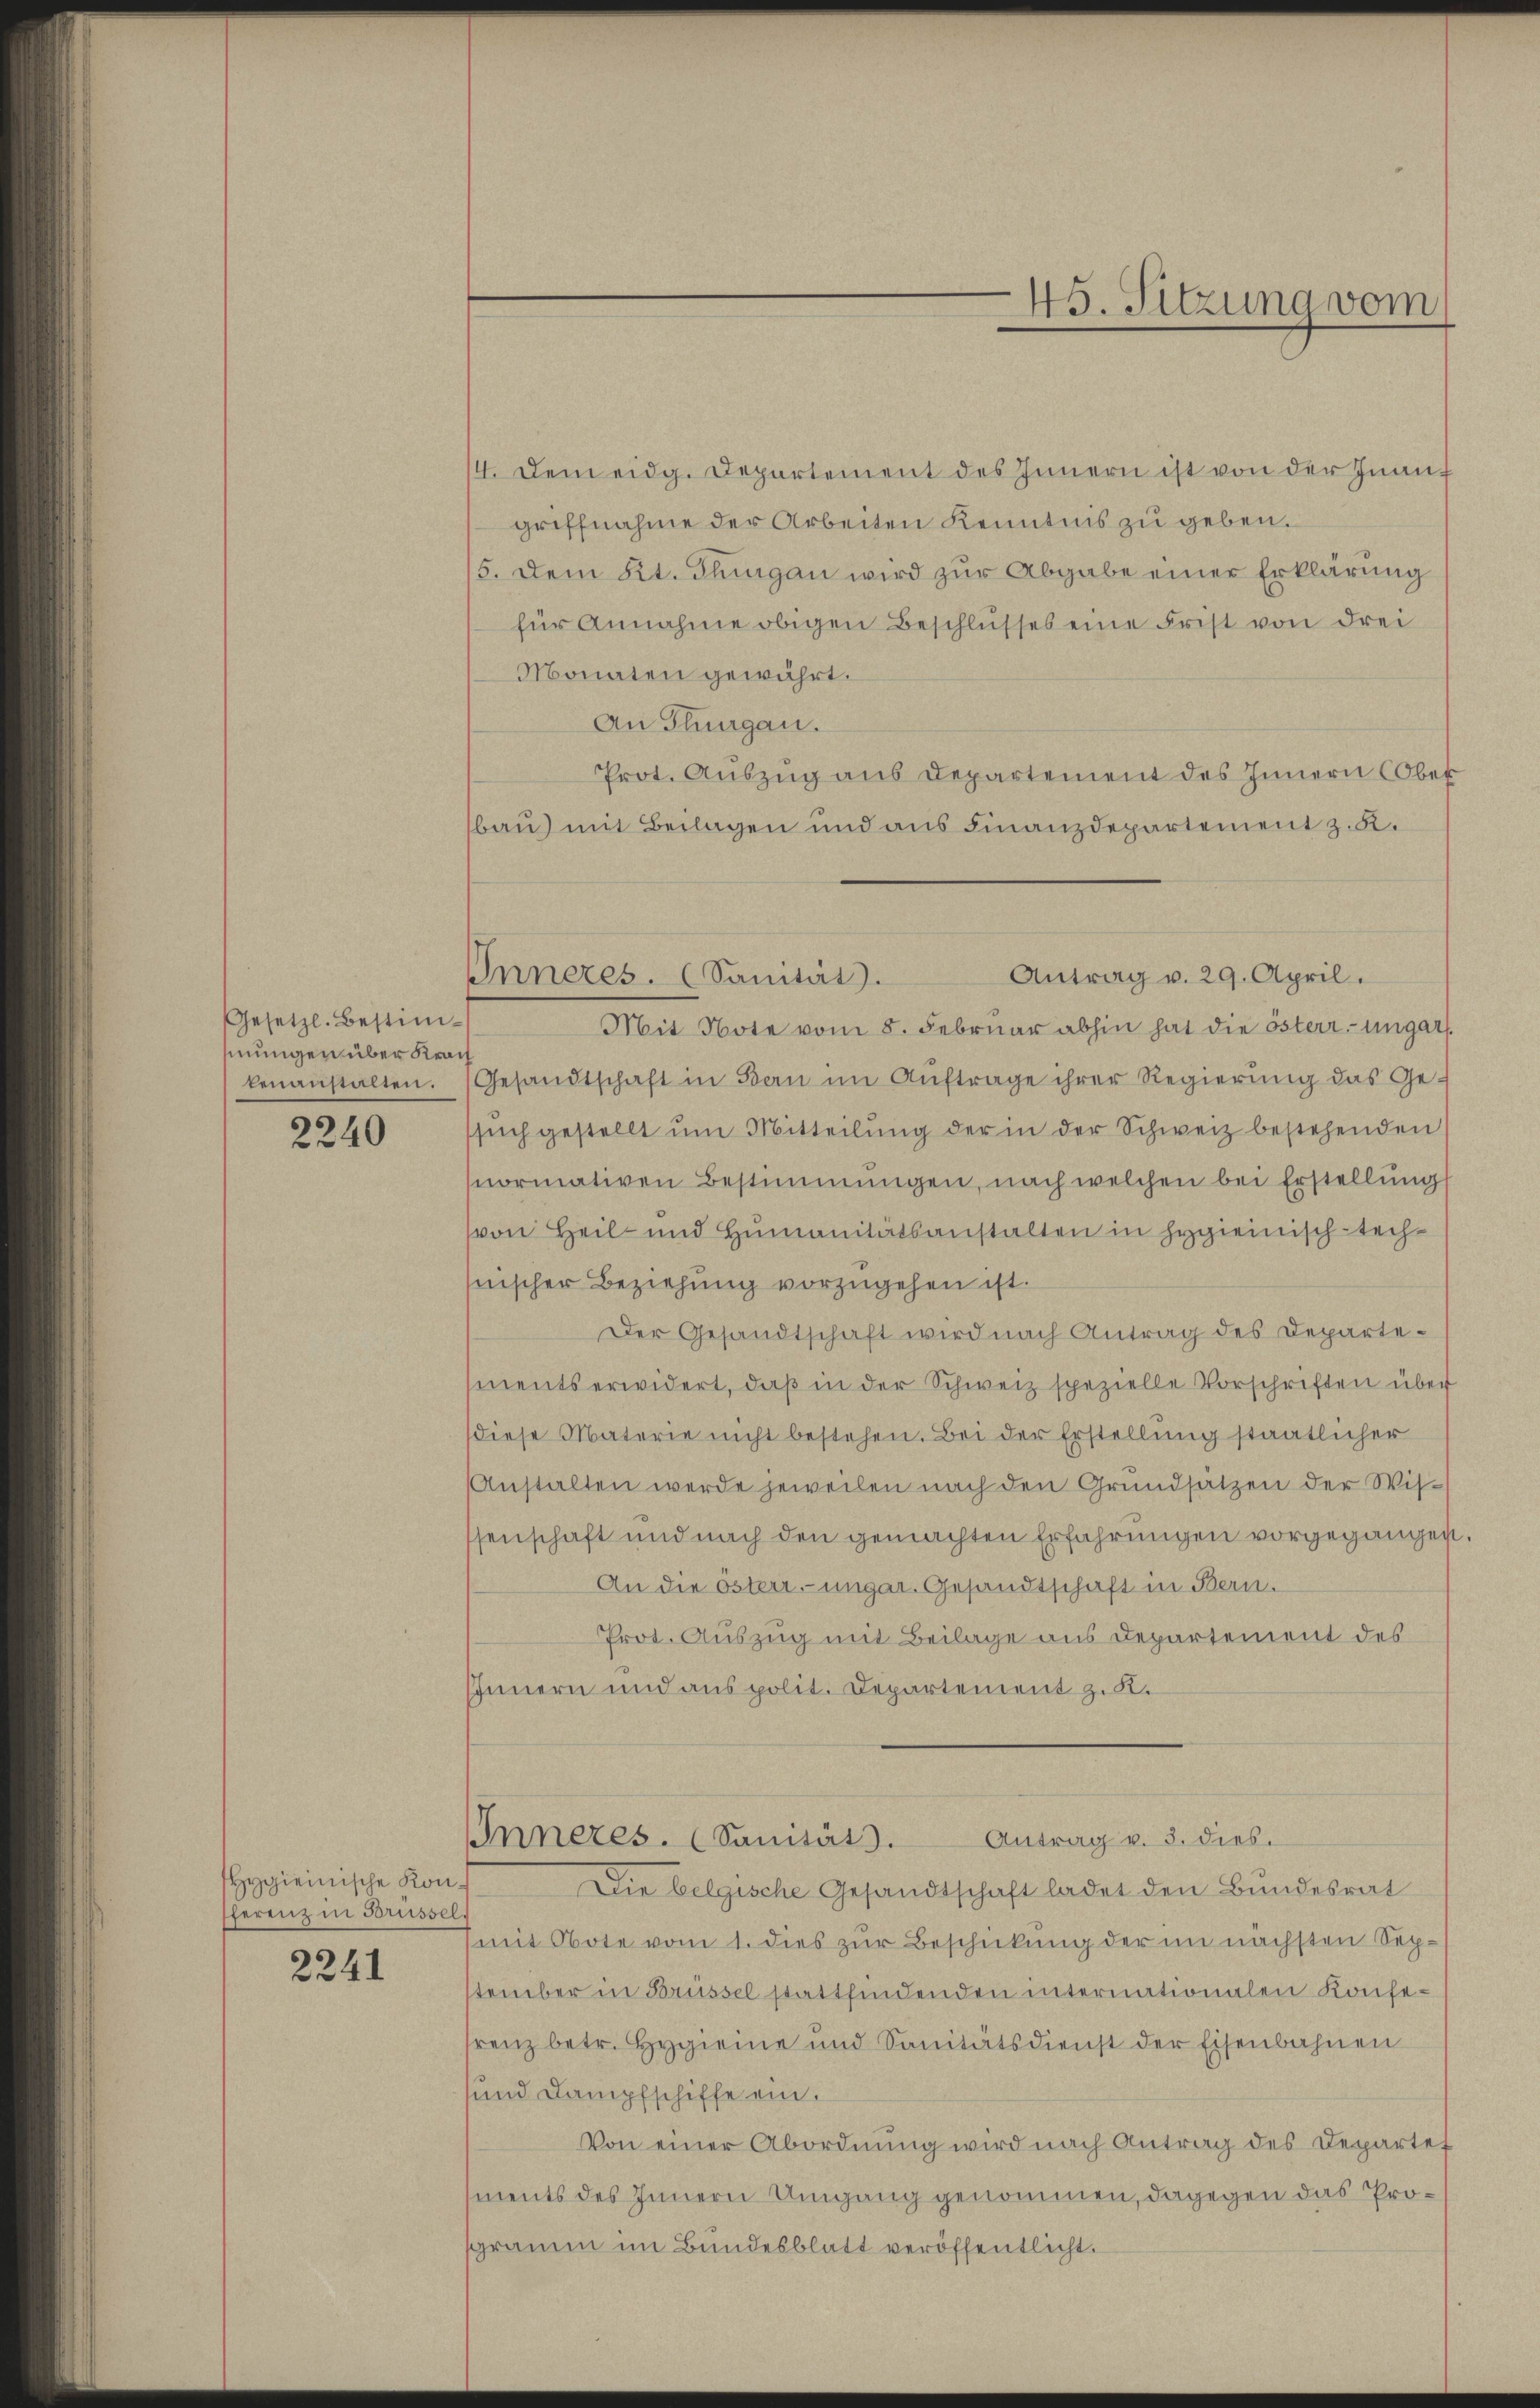
Gesetzl. Bestimmungen über Kran
kenanstalten.

2240

Hygienische Konfferenz in Brüssel
2241

4. Dem eidg. Departement des Innern ist von der Inanf
griffnahme der Arbeiten Kenntnis zu geben.
5. Dem Kt. Thurgau wird zur Abgabe einer Erklärung
für Annahme obigen Beschlŭsses eine Frist von drei
Monaten gewährt.
An Thurgau.
Prot. Auszug aus Departement des Innern Ober
bau) mit Beilagen und aus Finanzdepartement z. B.
Antrag v. 29. April.
Mit Note vom 8. Februar abhin hat die österr-ungar.
Gesandtschaft in Bern im Aŭftrage ihrer Regierŭng das Ge-
sŭch gestellt ŭm Mitteilŭng der in der Schweiz bestehenden
normativen Bestimmungen, nach welchen bei Erstellŭng
von Heil- und Humanitätsanstalten in Hygienisch-technischer Beziehŭng vorzŭgehen ist.
Der Gesandtschaft wird nach Antrag des Departements erwidert, daß in der Schweiz spezielle Vorschriften über
diese Materie nicht bestehen. Bei der Erstellung staatlicher
Anstalten werde jeweilen nach den Grundsatzen der Wis-
senschaft und nach den gemachten Erfahrungen vorgegangen
An die österr. ungar. Gesandtschaft in Bern.
Prot. Auszug mit Beilage aus Departement des
Innern und aus polit. Departement z. B.

Inneres. (Sanität.

45. Sitzung vom

Die belgische Gesandtschaft ladet den Bundesrat
mit Note vom 1. dies zur Beschickung der im nächsten September in Brüssel stattfindenden internationalen Konferenz betr. Hygieine und Sanitätsdienst der Eisenbahnen
und Dampfschiffe ein.
Von einer Abordnung wird nach Antrag des Departef
ments des Innern Umgang genommen, dagegen das Programm im Bundesblatt veröffentlicht.

Antrag v. 3. dies
Inneres. (Sanität.